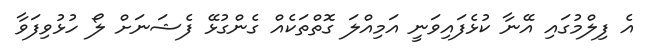
އެ ފިލްމުގައި އޭނާ ކުޅެފައިވަނީ އަމިއްލަ ގޮތްތަކެއް ގެންގުޅޭ ފެޝަނަށް ލޯ ހުޅުވިފަވާ